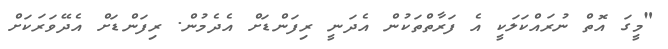
"މީގަ އޮތް ނުރައްކަލަކީ އެ ފަރާތްތަކުން އެދަނީ ރިފަންޑަށް އެދެމުން. ރިފަންޑަށް އެދޭވަރަކަށް